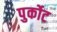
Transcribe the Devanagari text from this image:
पुर्कोट